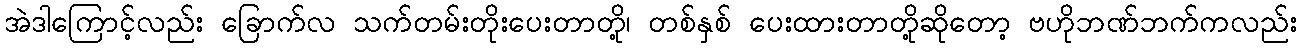
အဲဒါကြောင့်လည်း ခြောက်လ သက်တမ်းတိုးပေးတာတို့၊ တစ်နှစ် ပေးထားတာတို့ဆိုတော့ ဗဟိုဘဏ်ဘက်ကလည်း